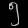
Digit: ၅